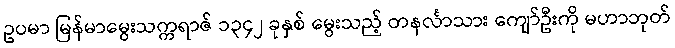
ဥပမာ မြန်မာမွေးသက္ကရာဇ် ၁၃၄၂ ခုနှစ် မွေးသည့် တနင်္လာသား ကျော်ဦးကို မဟာဘုတ်